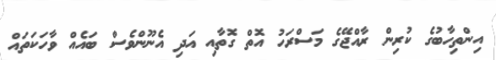
އިންތިހާބުގެ ކުރިން ރާއްޖޭގެ މަސްރަހު އޮތް ގޮތާއި އަދި އެނޫންވެސް ބައެއް ވާހަކަތައް